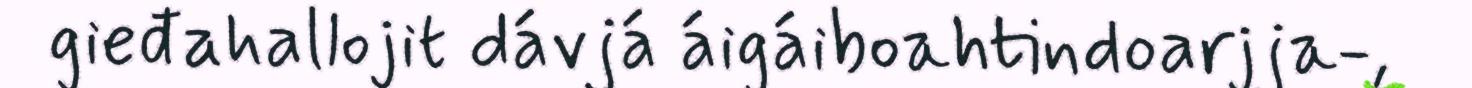
gieđahallojit dávjá áigáiboahtindoarjja-,